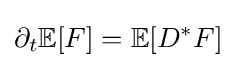
\partial _{t}\mathbb {E} [F]=\mathbb {E} [D^{*}F]